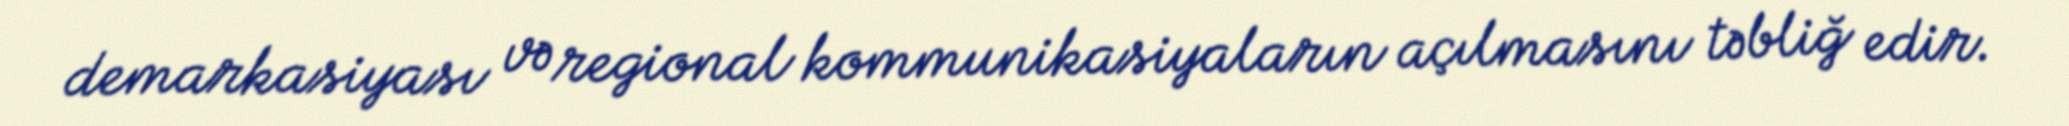
demarkasiyası və regional kommunikasiyaların açılmasını təbliğ edir.